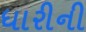
ધારીની